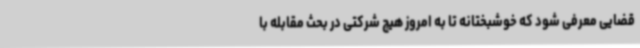
قضایی معرفی شود که خوشبختانه تا به امروز هیچ شرکتی در بحث مقابله با